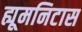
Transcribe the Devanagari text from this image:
ह्यूमनिटास